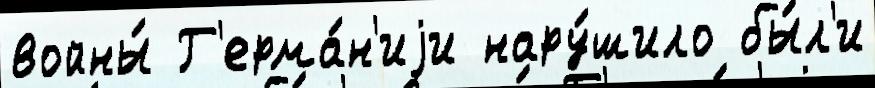
войны́ Г'ерма́н'иjи нару́шило бы́л'и